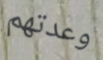
وعدتهم